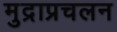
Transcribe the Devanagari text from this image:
मुद्राप्रचलन